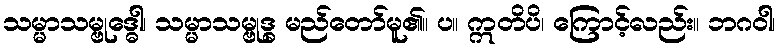
သမ္မာသမ္ဗုဒ္ဓေါ၊ သမ္မာသမ္ဗုဒ္ဓ မည်တော်မူ၏။ ပ။ ဣတိပိ၊ ကြောင့်လည်း။ ဘဂဝါ၊